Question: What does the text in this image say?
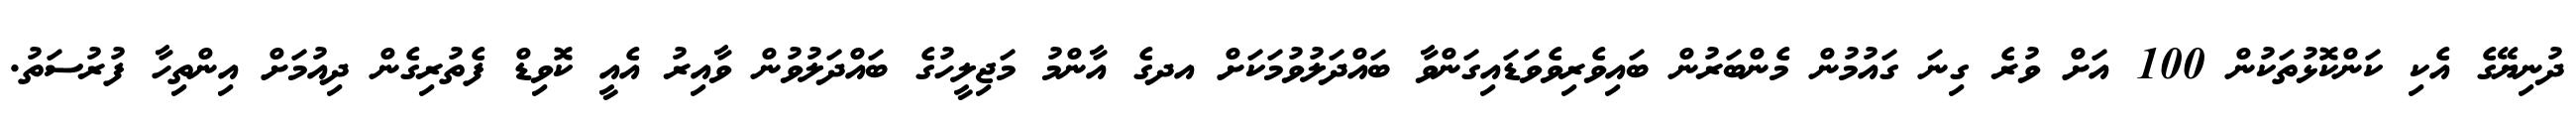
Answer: ދުނިޔޭގެ އެކި ކަންކޮޅުތަކުން 100 އަށް ވުރެ ގިނަ ގައުމުން މެންބަރުން ބައިވެރިވެވަޑައިގަންވާ ބައްދަލުވުމަކަށް އދގެ އާންމު މަޖިލީހުގެ ބައްދަލުވުން ވާއިރު އެއީ ކޮވިޑް ފެތުރިގެން ދިއުމަށް އިންތިހާ ފުރުސަތު.